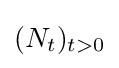
(N_{t})_{t>0}